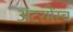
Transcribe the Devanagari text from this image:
अंटरमेंस्च